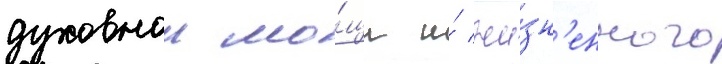
духовнои мо́щи и́ жи́зн'енного